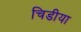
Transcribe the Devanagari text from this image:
चिडीया